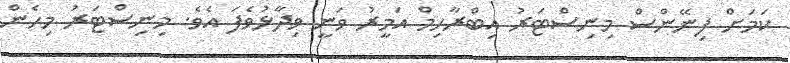
ކަމަށް ފިނޭންސް މިނިސްޓަރު އިބްރާހިމް އަމީރު ވަނީ ވިދާޅުވެފަ އެވެ. މިނިސްޓަރު މިހެން